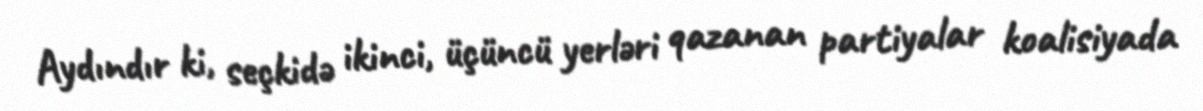
Aydındır ki, seçkidə ikinci, üçüncü yerləri qazanan partiyalar koalisiyada